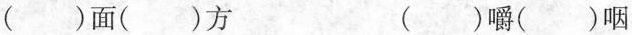
( )面( )方 ( )嚼( )咽